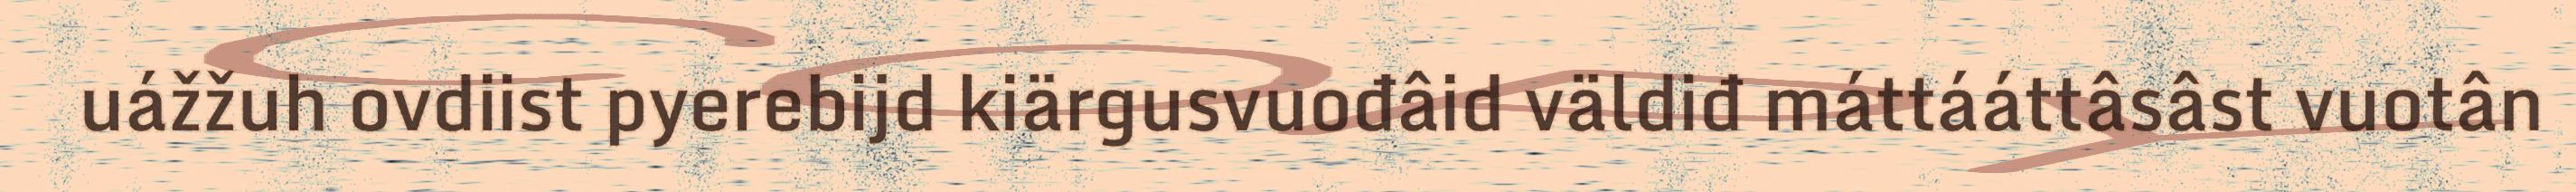
uážžuh ovdiist pyerebijd kiärgusvuođâid väldiđ máttááttâsâst vuotân